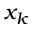
x _ { k }